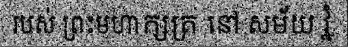
របស់ ព្រះមហាក្សត្រ នៅ សម័យ វ្នំ